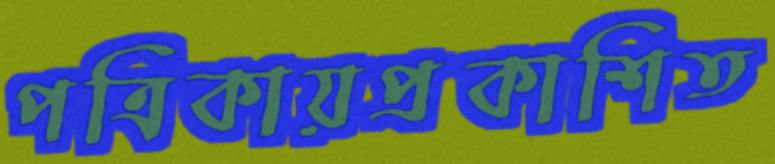
পত্রিকায়প্রকাশিত